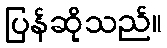
ပြန်ဆိုသည်။